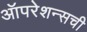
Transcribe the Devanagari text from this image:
ऑपरेशन्सची